65_HS1-834228961_62-HQ-83894_Section_7
Agency: FBI
Page 87
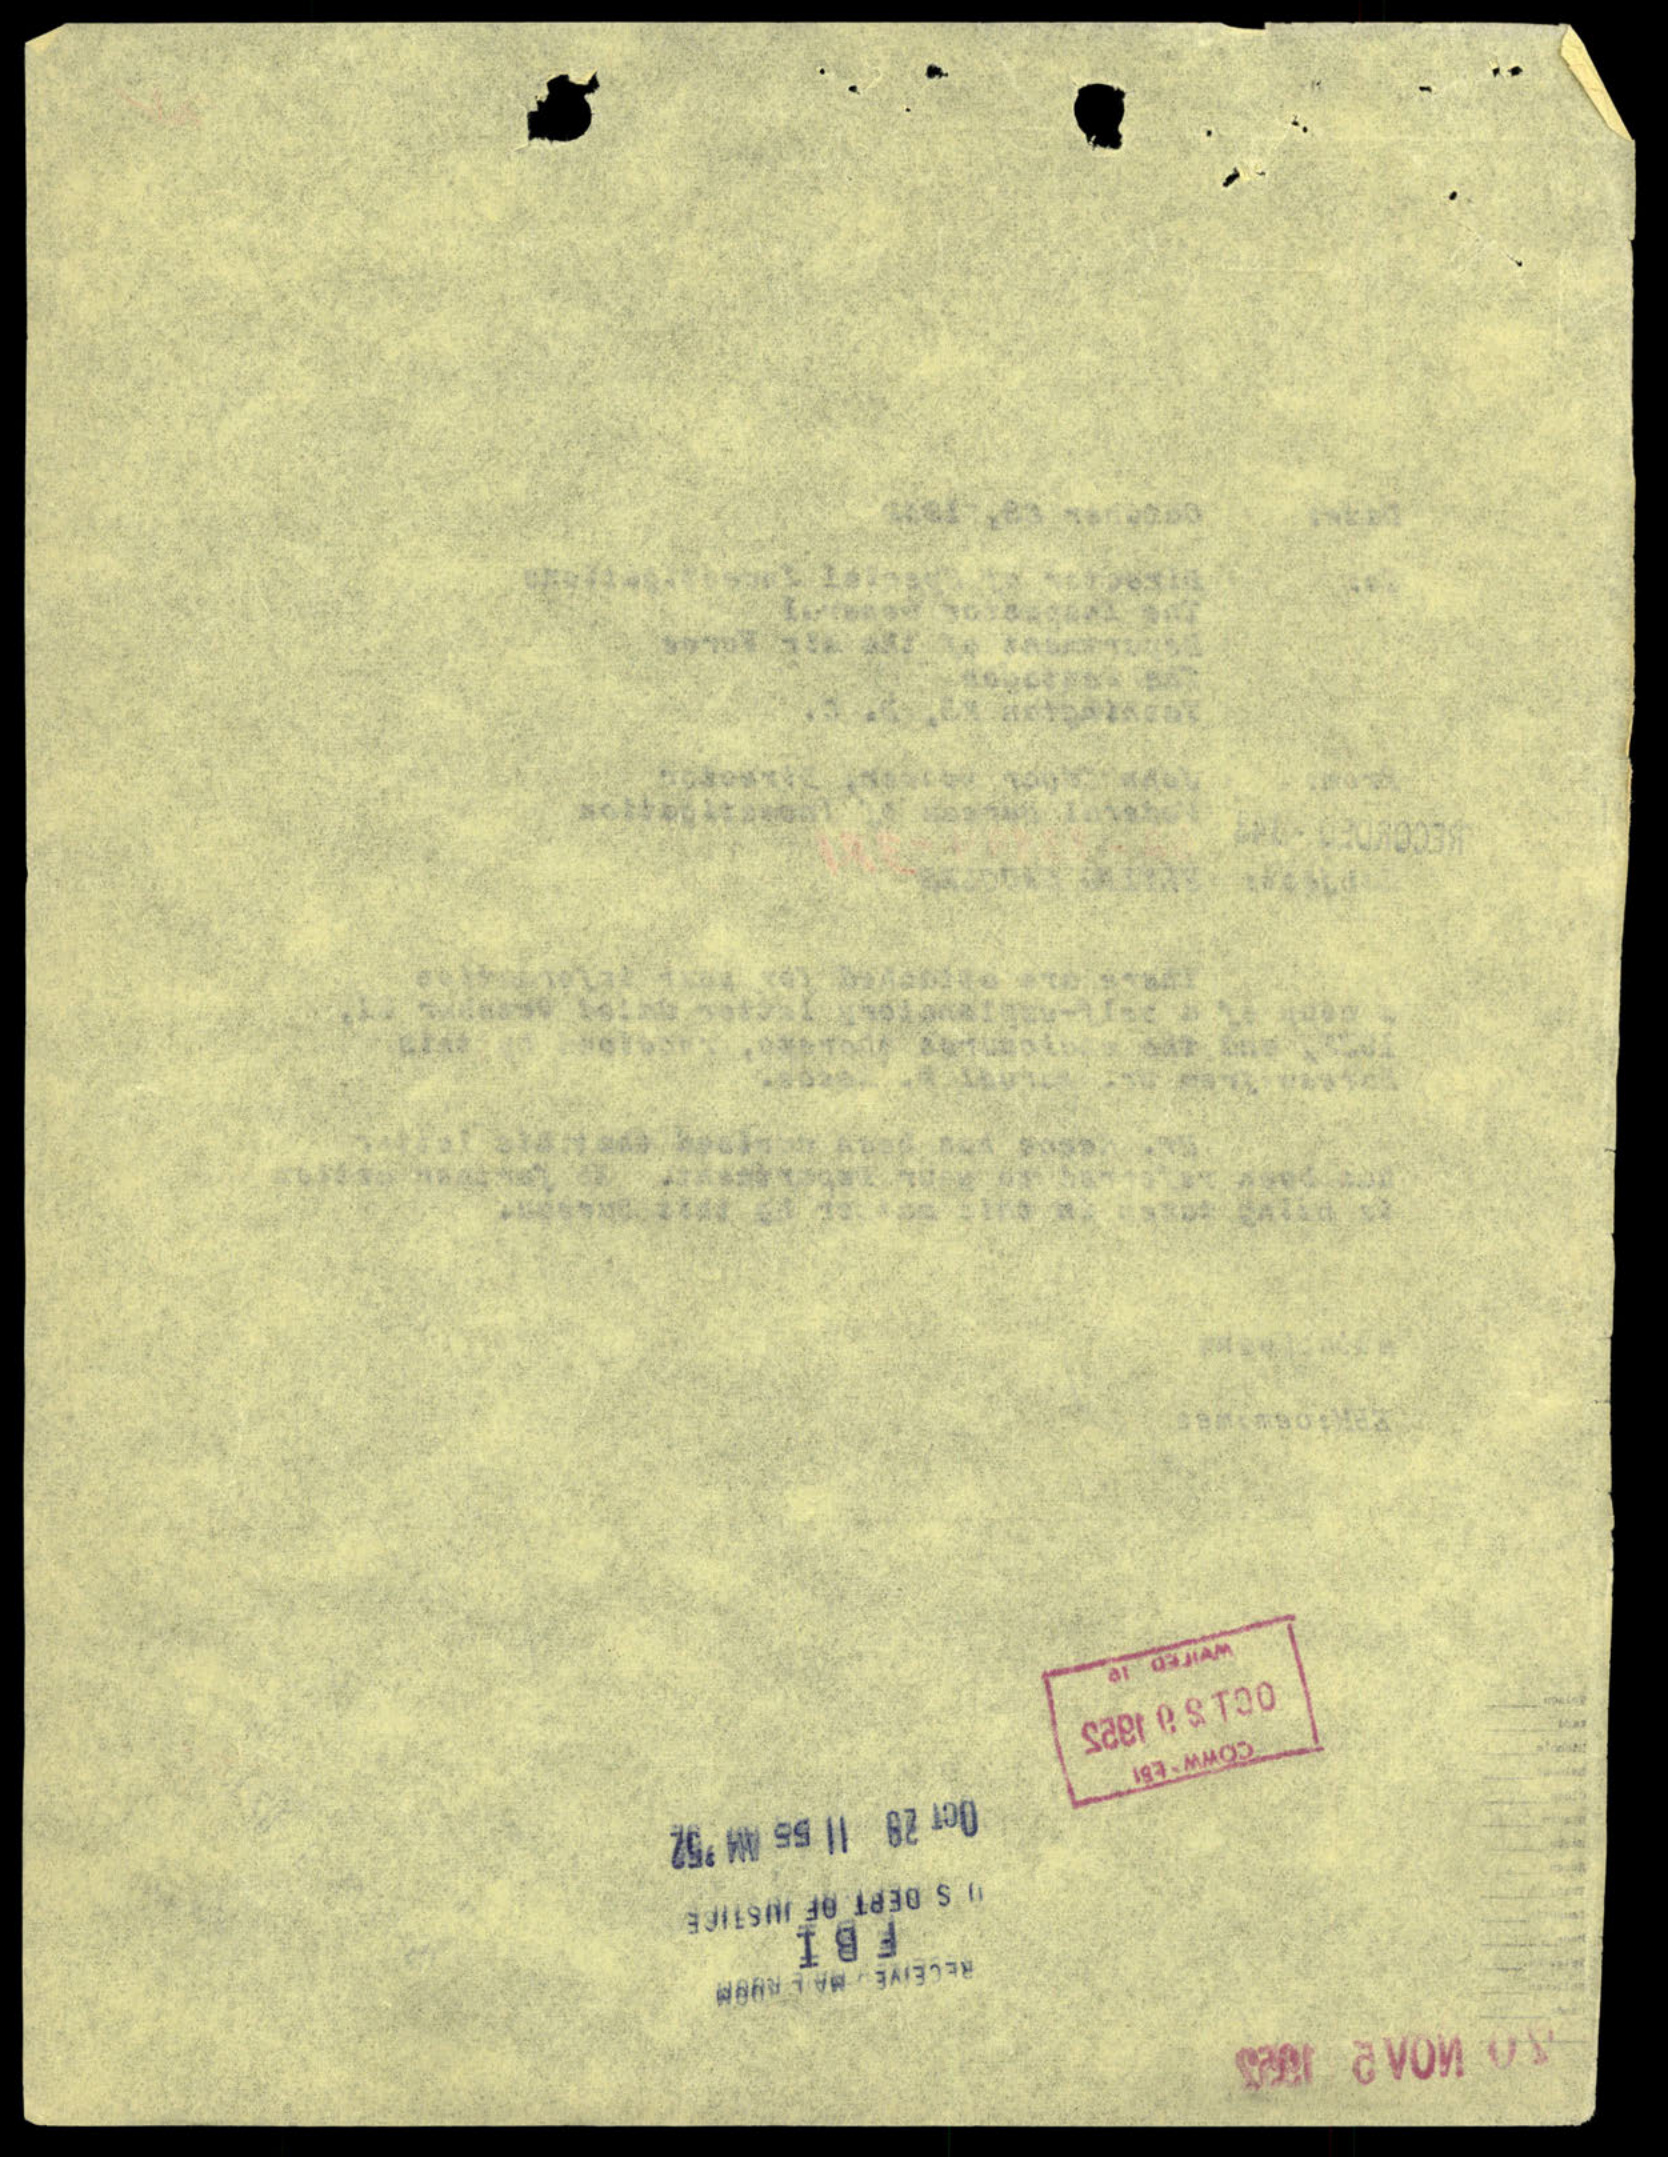